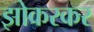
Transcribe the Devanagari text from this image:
झोकरकर